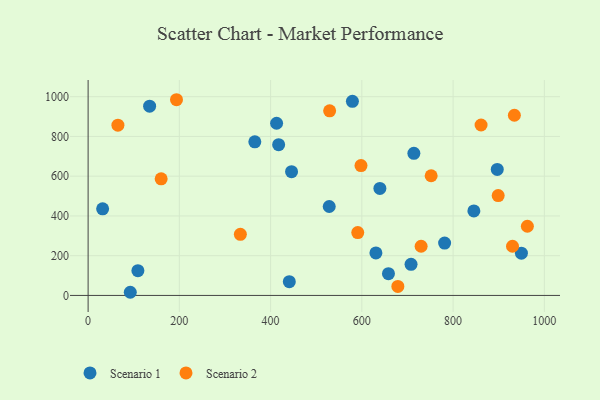
{"axis": {"x": "Speed", "y": "Profit"}, "legend": ["Scenario 1", "Scenario 2"], "data": [{"x": "134.8", "y": 952.1, "type": "Scenario 1"}, {"x": "528.5", "y": 447.6, "type": "Scenario 1"}, {"x": "109.1", "y": 124.7, "type": "Scenario 1"}, {"x": "714.0", "y": 715.3, "type": "Scenario 1"}, {"x": "417.6", "y": 758.7, "type": "Scenario 1"}, {"x": "658.3", "y": 109.6, "type": "Scenario 1"}, {"x": "707.8", "y": 156.5, "type": "Scenario 1"}, {"x": "845.5", "y": 425.2, "type": "Scenario 1"}, {"x": "949.7", "y": 212.8, "type": "Scenario 1"}, {"x": "413.1", "y": 866.3, "type": "Scenario 1"}, {"x": "896.8", "y": 634.1, "type": "Scenario 1"}, {"x": "579.3", "y": 976.8, "type": "Scenario 1"}, {"x": "445.9", "y": 622.7, "type": "Scenario 1"}, {"x": "630.8", "y": 213.8, "type": "Scenario 1"}, {"x": "441.0", "y": 69.0, "type": "Scenario 1"}, {"x": "781.4", "y": 263.6, "type": "Scenario 1"}, {"x": "639.5", "y": 538.6, "type": "Scenario 1"}, {"x": "31.8", "y": 435.9, "type": "Scenario 1"}, {"x": "92.4", "y": 15.9, "type": "Scenario 1"}, {"x": "365.4", "y": 773.2, "type": "Scenario 1"}, {"x": "751.9", "y": 602.3, "type": "Scenario 2"}, {"x": "598.1", "y": 653.6, "type": "Scenario 2"}, {"x": "65.3", "y": 856.5, "type": "Scenario 2"}, {"x": "529.4", "y": 928.7, "type": "Scenario 2"}, {"x": "962.8", "y": 348.2, "type": "Scenario 2"}, {"x": "898.8", "y": 502.6, "type": "Scenario 2"}, {"x": "861.3", "y": 857.5, "type": "Scenario 2"}, {"x": "729.9", "y": 247.4, "type": "Scenario 2"}, {"x": "930.2", "y": 247.4, "type": "Scenario 2"}, {"x": "934.3", "y": 906.6, "type": "Scenario 2"}, {"x": "160.1", "y": 586.9, "type": "Scenario 2"}, {"x": "678.9", "y": 45.5, "type": "Scenario 2"}, {"x": "333.7", "y": 307.7, "type": "Scenario 2"}, {"x": "193.7", "y": 984.8, "type": "Scenario 2"}, {"x": "591.0", "y": 316.1, "type": "Scenario 2"}]}